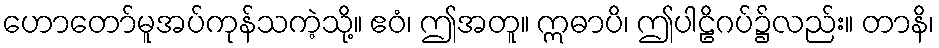
ဟောတော်မူအပ်ကုန်သကဲ့သို့။ ဧဝံ၊ ဤအတူ။ ဣဓာပိ၊ ဤပါဠိဂပ်၌လည်း။ တာနိ၊